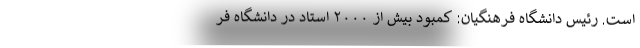
است. رئیس دانشگاه فرهنگیان: کمبود بیش از ۲۰۰۰ استاد در دانشگاه فر